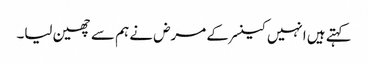
کہتے ہیں انہیں کینسر کے مرض نے ہم سے چھین لیا۔